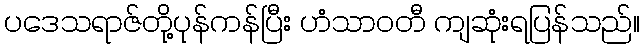
ပဒေသရာဇ်တို့ပုန်ကန်ပြီး ဟံသာဝတီ ကျဆုံးရပြန်သည်။